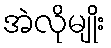
အဲလိုမျိုး